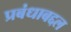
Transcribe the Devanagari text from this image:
प्रबंधाबद्दल